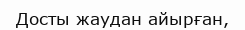
Досты жаудан айырған,